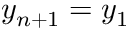
y _ { n + 1 } = y _ { 1 }